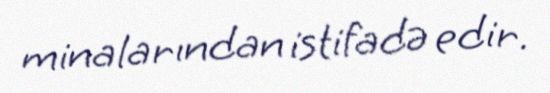
minalarından istifadə edir.